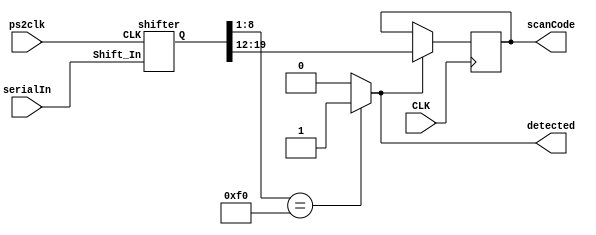
module keyReader (CLK, ps2clk, serialIn, scanCode, detected);
  input CLK, ps2clk, serialIn;
  output reg [7:0] scanCode;
  output wire detected;
  wire [21:0] Q;
  `define keyUp Q[8:1]

  shifter sh22bit(ps2clk, serialIn, Q);

  assign detected = (`keyUp == 8'hF0) ? 1 : 0;
  //assign scanCode = (detected) ? Q[19:12] : 8'd0; //scanCode2;

  always @(posedge CLK) begin
    if (detected) scanCode <= Q[19:12];
  end

endmodule

  // `define start_keyUp Q[21]
  // `define parity_keyUp Q[12]
  // `define stop_keyUp Q[11]
  // `define start_scanCode Q[10]
  // `define parity_scanCode Q[1]
  // `define stop_scanCode Q[0]
  // always @* begin
  //   if (!`start_keyUp && detected && (`parity_keyUp == ^`keyUp) && `stop_keyUp &&
  //       !`start_scanCode && (`parity_scanCode == ^`scanCode) && `stop_scanCode) CLR = 0;
  //   else CLR = 1;
  // end

module shifter (CLK, Shift_In, Q);
  input CLK, Shift_In;
  output reg [21:0] Q;

  initial Q <= 0;

  always @(negedge CLK) begin
    Q <= {Shift_In, Q[21:1]};
  end

endmodule